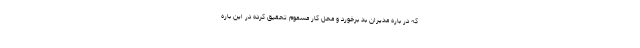
که در باره مدیران بد برخورد و محل‌ کار مسموم تحقیق کرده در این باره